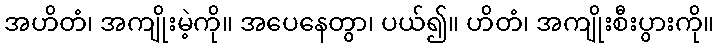
အဟိတံ၊ အကျိုးမဲ့ကို။ အပေနေတွာ၊ ပယ်၍။ ဟိတံ၊ အကျိုးစီးပွားကို။